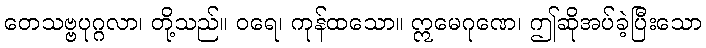
တေသဗ္ဗပုဂ္ဂလာ၊ တို့သည်။ ဝရေ၊ ကုန်ထသော။ ဣမေဂုဏေ၊ ဤဆိုအပ်ခဲ့ပြီးသော